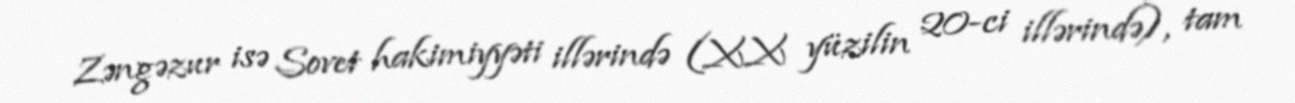
Zəngəzur isə Sovet hakimiyyəti illərində (XX yüzilin 20-ci illərində), tam